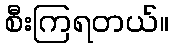
စီးကြရတယ်။